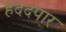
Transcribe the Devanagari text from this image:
हददपार